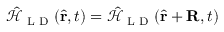
\mathcal { \hat { H } } _ { \textrm { L D } } ( \hat { \mathbf { r } } , t ) = \mathcal { \hat { H } } _ { \textrm { L D } } ( \hat { \mathbf { r } } + \mathbf { R } , t )